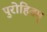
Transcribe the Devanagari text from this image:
पुरोहितम्